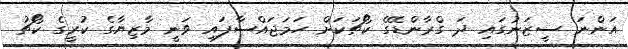
އަންނަ ސީޒަނުގައި ދަ ގްރާންޑޭގެ ކޯޗަކަށް ހަމަޖައްސާފައި ވަނީ މާޒިޔާގެ ކުރީގެ ކޯޗު